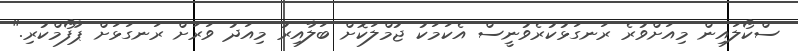
ސްކޯލައިން މިއަށްވުރެ ރަނގަޅުކުރެވުނީސް އެކަމަކު ޖުމްލަކޮށް ބަލާއިރު މިއަދު ވަރަށް ރަނގަޅަށް ޕާފޯމްކުރި."